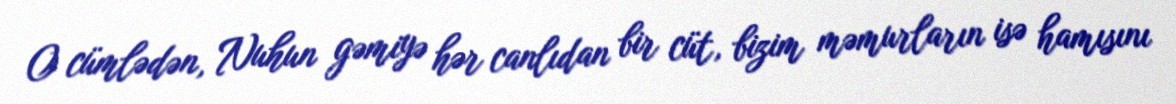
O cümlədən, Nuhun gəmiyə hər canlıdan bir cüt, bizim məmurların isə hamısını